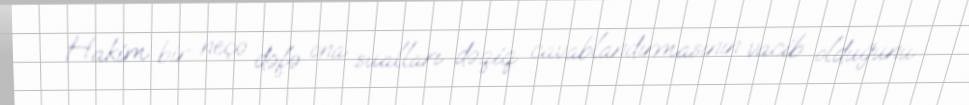
Hakim bir neçə dəfə ona sualları dəqiq cavablandırmasının vacib olduğunu